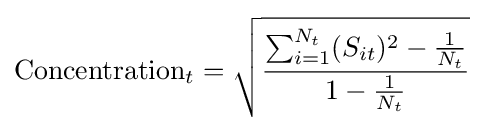
{\text{Concentration}}_{t}={\sqrt {\frac {\sum _{i=1}^{N_{t}}(S_{it})^{2}-{\frac {1}{N_{t}}}}{1-{\frac {1}{N_{t}}}}}}